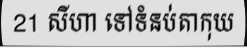
21 សីហា ទៅទំនប់តាកុយ